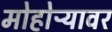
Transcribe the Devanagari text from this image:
मोहोऱ्यावर